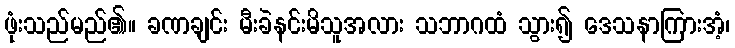
ဖုံးသည်မည်၏။ ခဏချင်း မီးခဲနင်းမိသူအလား သဘာဂထံ သွား၍ ဒေသနာကြားအံ့၊